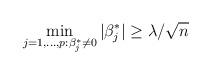
LaTeX: \begin{align*} \min_{j=1,...,p:\beta^*_j\ne 0}|\beta_j^*| \ge \lambda/\sqrt n \end{align*}